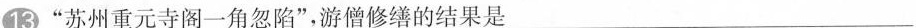
13”苏州重元寺阁一角忽陷”，游僧修缮的结果是___